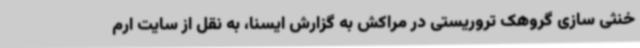
خنثی سازی گروهک تروریستی در مراکش به گزارش ایسنا، به نقل از سایت ارم